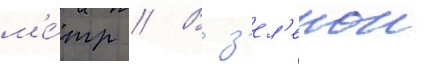
м'е́тр // В з'ел'енои